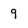
Character: 9